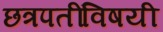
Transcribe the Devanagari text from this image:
छत्रपतींविषयी